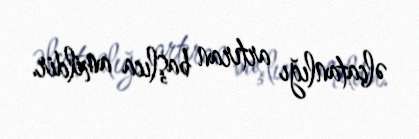
əlçatanlığı artıran başlıca amildir.